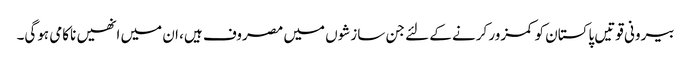
بیرونی قوتیں پاکستان کو کمزور کرنے کے لئے جن سازشوں میں مصروف ہیں، ان میں انھیں ناکامی ہوگی۔